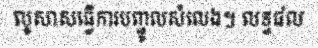
លូសាសធ្វើការបញ្ជូលសំលេង។ លទ្ធផល